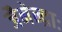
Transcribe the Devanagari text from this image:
जैनेन्द्राः